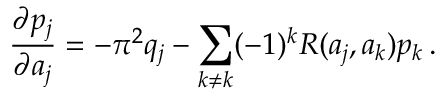
{ \frac { \partial p _ { j } } { \partial a _ { j } } } = - \pi ^ { 2 } q _ { j } - \sum _ { k \neq k } ( - 1 ) ^ { k } R ( a _ { j } , a _ { k } ) p _ { k } \, .